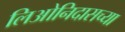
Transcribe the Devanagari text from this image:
लिओनिदासच्या